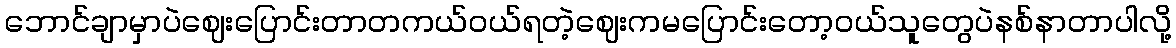
ဘောင်ချာမှာပဲဈေးပြောင်းတာတကယ်ဝယ်ရတဲ့ဈေးကမပြောင်းတော့ဝယ်သူတွေပဲနစ်နာတာပါလို့